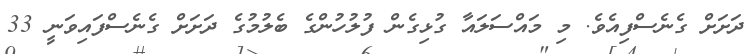
ދަށަށް ގެނެސްފިއެވެ. މި މައްސަލައާ ގުޅިގެން ފުލުހުންގެ ބެލުމުގެ ދަށަށް ގެނެސްފައިވަނީ 33